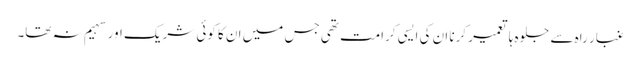
غبار راہ سے جلوہ ہا تعمیر کرنا ان کی ایسی کرامت تھی جس میں ان کا کوئی شریک اور سہیم نہ تھا۔